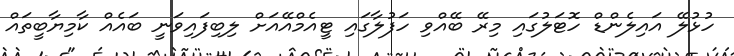
ހުޅުލޭ އައިލެންޑް ހޮޓަލުގައި މިރޭ ބޭއްވި ހަފުލާގައި ޓީއެމްއޭއަށް ލިބިފައިވަނީ ބައެއް ކާމިޔާބީތައް